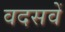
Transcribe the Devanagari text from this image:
वदसवें